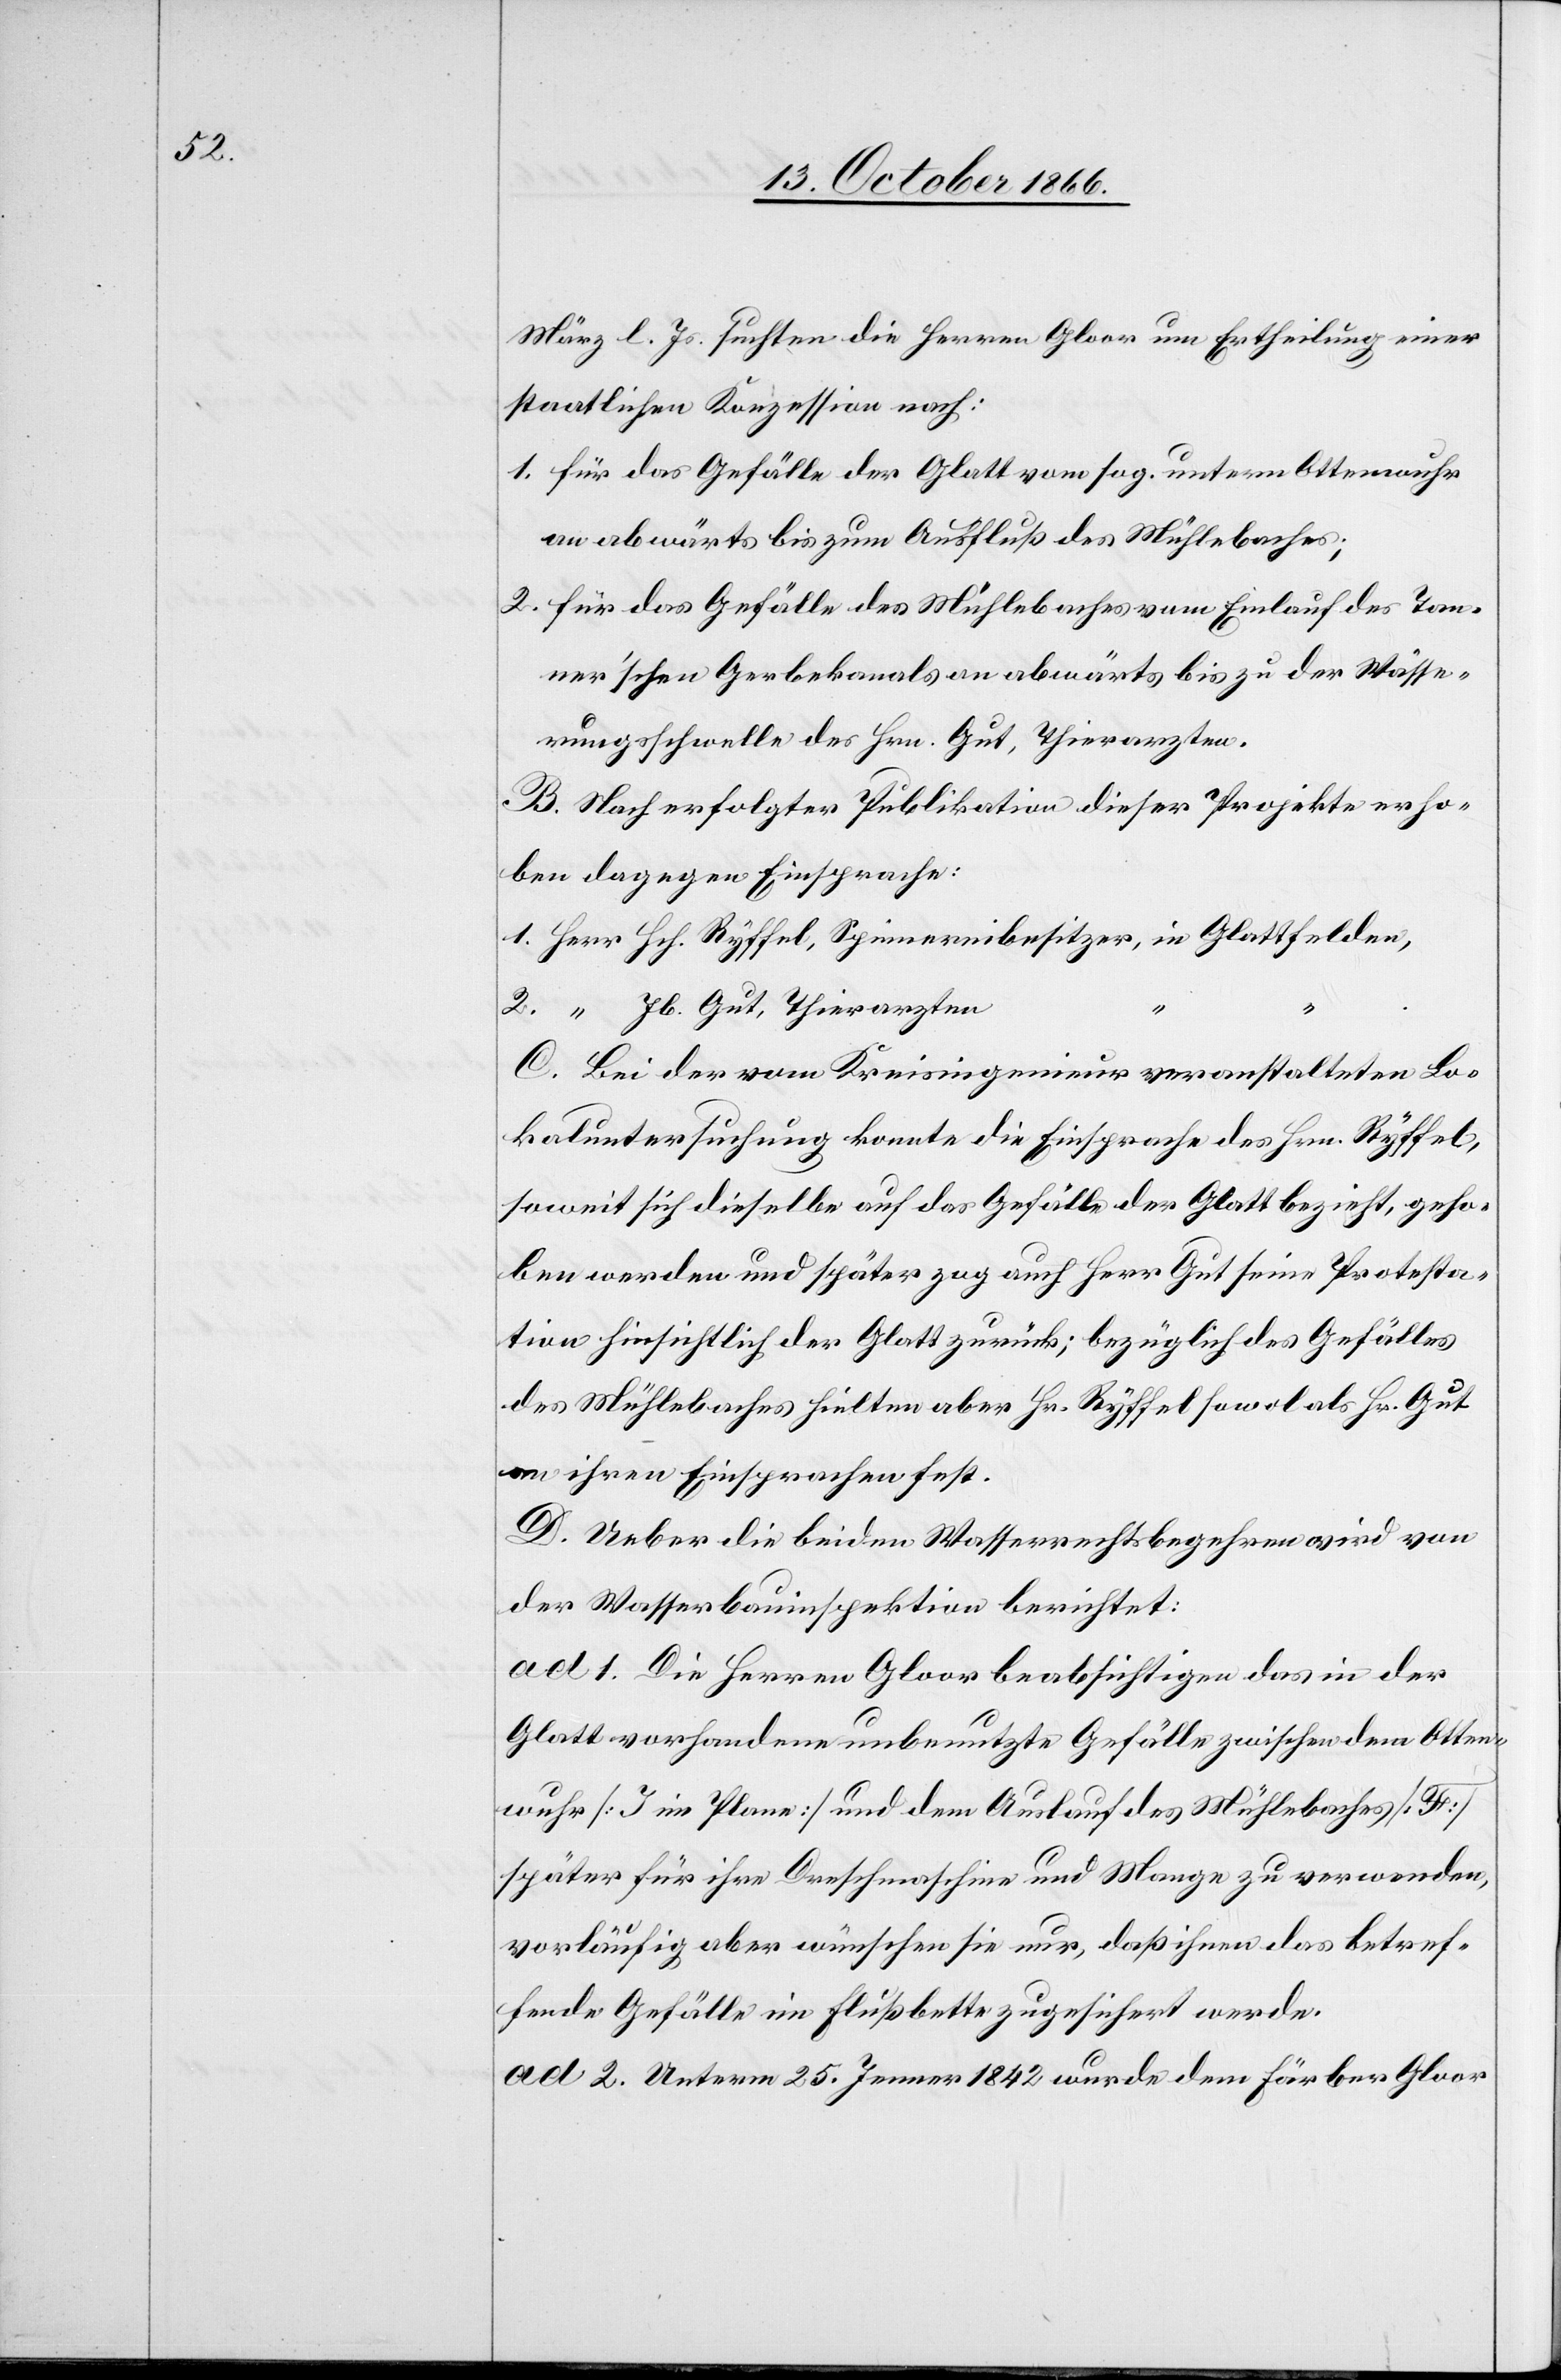
März l. Js. suchten die Herren Gloor um Ertheilung einer
staatlichen Konzession nach:
1. Für das Gefälle der Glatt vom sog. untern Ottenwuhr
an abwärts bis zum Ausfluß des Mühlebaches;
2. Für das Gefälle des Mühlebaches vom Einlauf des Tan¬
ner’schen Gerbekanals an abwärts bis zu der Wässe¬
rungsschwelle des Hrn. Gut, Thierarzten.
B. Nach erfolgter Publikation dieser Projekte erho¬
ben dagegen Einsprache:
1. Herr Hch. Ryffel, Spinnereibesitzer, in Glattfelden,
2. “ Jb. Gut, Thierarzten
C. Bei der vom Kreisingenieur veranstalteten Lo¬
kaluntersuchung konnte die Einsprache des Hrn. Ryffel,
soweit sich dieselbe auf das Gefälle der Glatt bezieht, geho¬
ben werden und später zog auch Herr Gut seine Protesta¬
tion hinsichtlich der Glatt zurück; bezüglich des Gefälles
des Mühlebaches hielten aber Hr. Ryffel sowol als Hr. Gut
an ihren Einsprachen fest.
D. Ueber die beiden Wasserrechtsbegehren wird von
der Wasserbauinspektion berichtet:
ad 1. Die Herren Gloor beabsichtigen das in der
Glatt vorhandene unbenutzte Gefälle zwischen dem Otten¬
wuhr [J im Plane] und dem Auslauf des Mühlebaches [F]
später für ihre Dreschmaschine und Mange zu verwenden,
vorläufig aber wünschen sie nur, daß ihnen das betref¬
fende Gefälle im Flußbette zugesichert werde.
ad 2. Unterm 25. Jenner 1842 wurde dem Färber Gloor